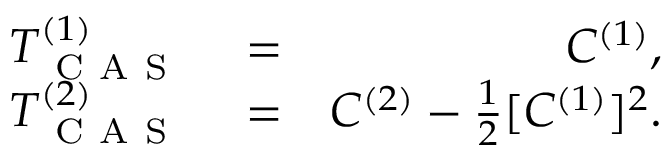
\begin{array} { r l r } { T _ { \mathrm { ~ C ~ A ~ S ~ } } ^ { ( 1 ) } } & { { } = } & { C ^ { ( 1 ) } , } \\ { T _ { \mathrm { ~ C ~ A ~ S ~ } } ^ { ( 2 ) } } & { { } = } & { C ^ { ( 2 ) } - \frac { 1 } { 2 } [ C ^ { ( 1 ) } ] ^ { 2 } . } \end{array}